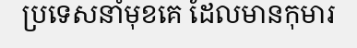
ប្រទេសនាំមុខគេ ដែលមានកុមារ